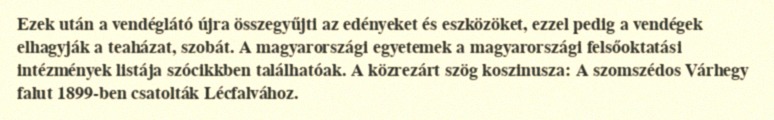
Ezek után a vendéglátó újra összegyűjti az edényeket és eszközöket, ezzel pedig a vendégek elhagyják a teaházat, szobát. A magyarországi egyetemek a magyarországi felsőoktatási intézmények listája szócikkben találhatóak. A közrezárt szög koszinusza: A szomszédos Várhegy falut 1899-ben csatolták Lécfalvához.